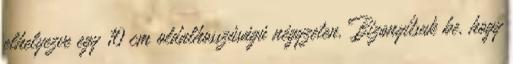
elhelyezve egy 10 cm oldalhosszúságú négyzeten. Bizonyítsuk be, hogy